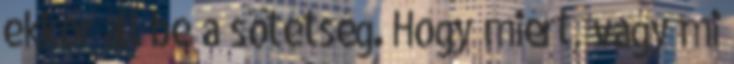
ekkor áll be a sötétség. Hogy miért, vagy mi